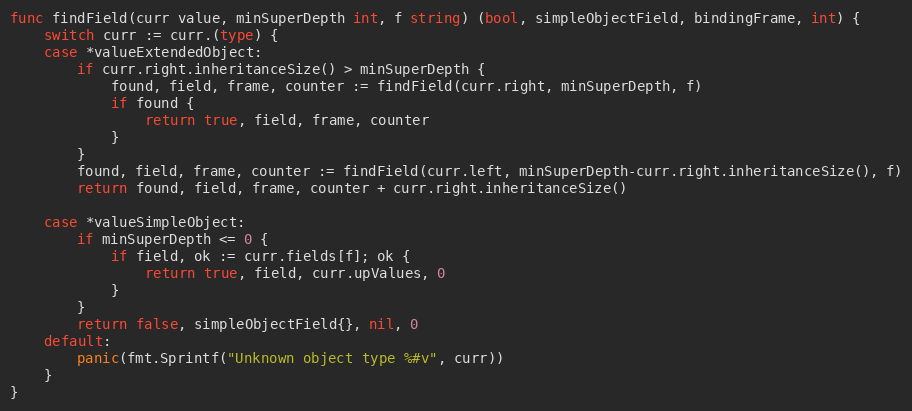
Language: Go
func findField(curr value, minSuperDepth int, f string) (bool, simpleObjectField, bindingFrame, int) {
	switch curr := curr.(type) {
	case *valueExtendedObject:
		if curr.right.inheritanceSize() > minSuperDepth {
			found, field, frame, counter := findField(curr.right, minSuperDepth, f)
			if found {
				return true, field, frame, counter
			}
		}
		found, field, frame, counter := findField(curr.left, minSuperDepth-curr.right.inheritanceSize(), f)
		return found, field, frame, counter + curr.right.inheritanceSize()

	case *valueSimpleObject:
		if minSuperDepth <= 0 {
			if field, ok := curr.fields[f]; ok {
				return true, field, curr.upValues, 0
			}
		}
		return false, simpleObjectField{}, nil, 0
	default:
		panic(fmt.Sprintf("Unknown object type %#v", curr))
	}
}